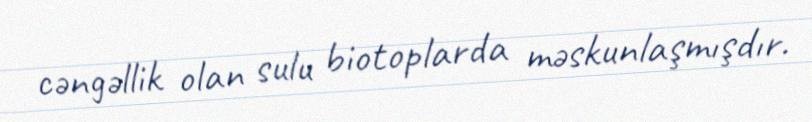
cəngəllik olan sulu biotoplarda məskunlaşmışdır.